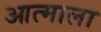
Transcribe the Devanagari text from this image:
आत्माला